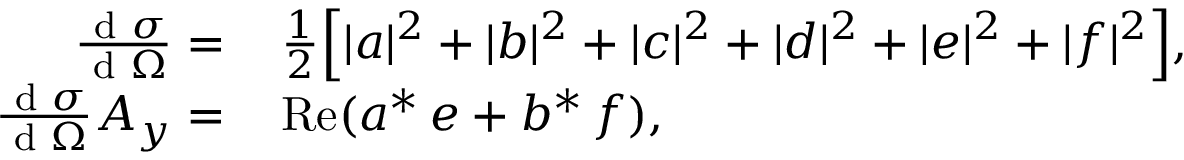
\begin{array} { r l } { \frac { \textup { d } \sigma } { \textup { d } \Omega } = \, } & { { } \frac { 1 } { 2 } \Big [ | a | ^ { 2 } + | b | ^ { 2 } + | c | ^ { 2 } + | d | ^ { 2 } + | e | ^ { 2 } + | f | ^ { 2 } \Big ] , } \\ { \frac { \textup { d } \sigma } { \textup { d } \Omega } A _ { y } = \, } & { { } \mathrm { R e } ( a ^ { * } \, e + b ^ { * } \, f ) , } \end{array}